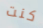
كنت